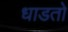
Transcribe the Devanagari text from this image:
धाडतो